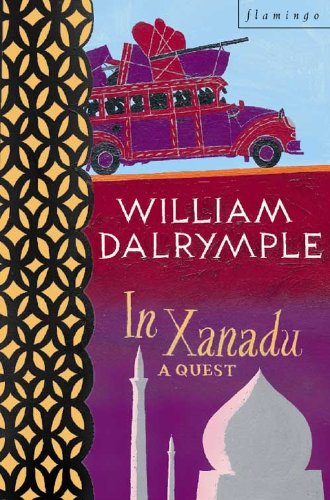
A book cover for In Xanadu; William Dalrymple; Travel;